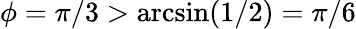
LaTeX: \phi=\pi/3>\arcsin(1/2)=\pi/6